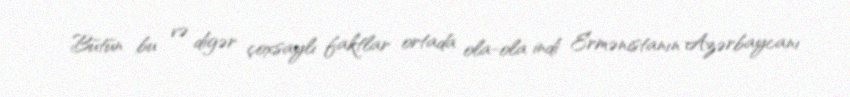
Bütün bu və digər çoxsaylı faktlar ortada ola-ola indi Ermənistanın Azərbaycanı